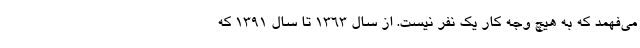
می‌فهمد که به هیچ وجه کار یک نفر نیست. از سال ۱۳۶۳ تا سال ۱۳۹۱ که